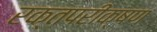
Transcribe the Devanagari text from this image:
रक्तपरीक्षण